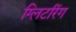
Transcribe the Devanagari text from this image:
ग्लिटरिंग